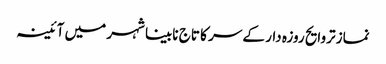
نماز تروایح روزہ دار کے سر کا تاج	 نابینا شہر میں آئینہ